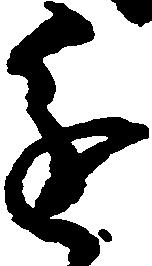
進